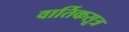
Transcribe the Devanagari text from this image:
वार्तिकसूत्र